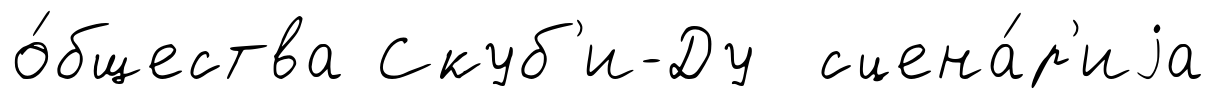
о́бщества Скуб'и-Ду сцена́р'иjа